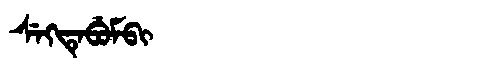
Manchu: ᠰᡝᡴᡨᡝᠪᡠᠮᠪᡳ
Romanization: SEKTEBUMBI